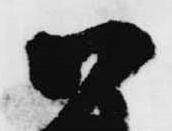
御